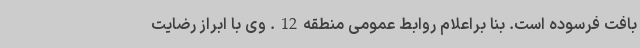
بافت فرسوده است. بنا براعلام روابط عمومی منطقه12. وی با ابراز رضایت